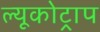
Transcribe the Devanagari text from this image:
ल्यूकोट्राप